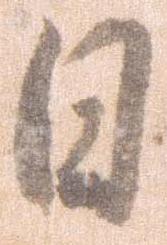
日